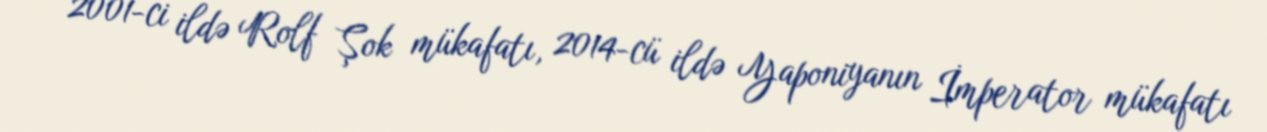
2001-ci ildə Rolf Şok mükafatı, 2014-cü ildə Yaponiyanın İmperator mükafatı